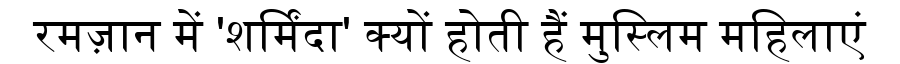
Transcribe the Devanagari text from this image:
रमज़ान में 'शर्मिंदा' क्यों होती हैं मुस्लिम महिलाएं